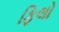
ફિલો